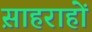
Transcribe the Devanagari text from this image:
स़ाहराहों